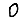
Digit: 0